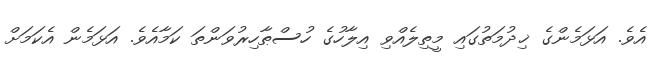
އެވެ. އަޅަމެންގެ ޚިދުމަތުގައި މީތިލެއްވި އިލާހުގެ ހުސްޠާހިރުވަންތަ ކަމާއެވެ. އަޅަމެން އެކަމަށް